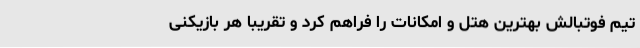
تیم فوتبالش بهترین هتل و امکانات را فراهم کرد و تقریبا هر بازیکنی